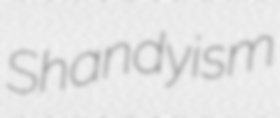
Shandyism